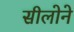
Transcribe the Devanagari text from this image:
सीलोने